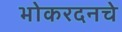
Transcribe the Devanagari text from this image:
भोकरदनचे